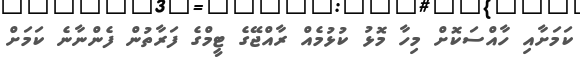
ކަމަށާއި ހާއްސަކޮށް މިހާ މޮޅު ކުޅުމެއް ރާއްޖޭގެ ޓީމްގެ ފަރާތުން ފެންނާނެ ކަމަށް